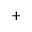
^ { + }